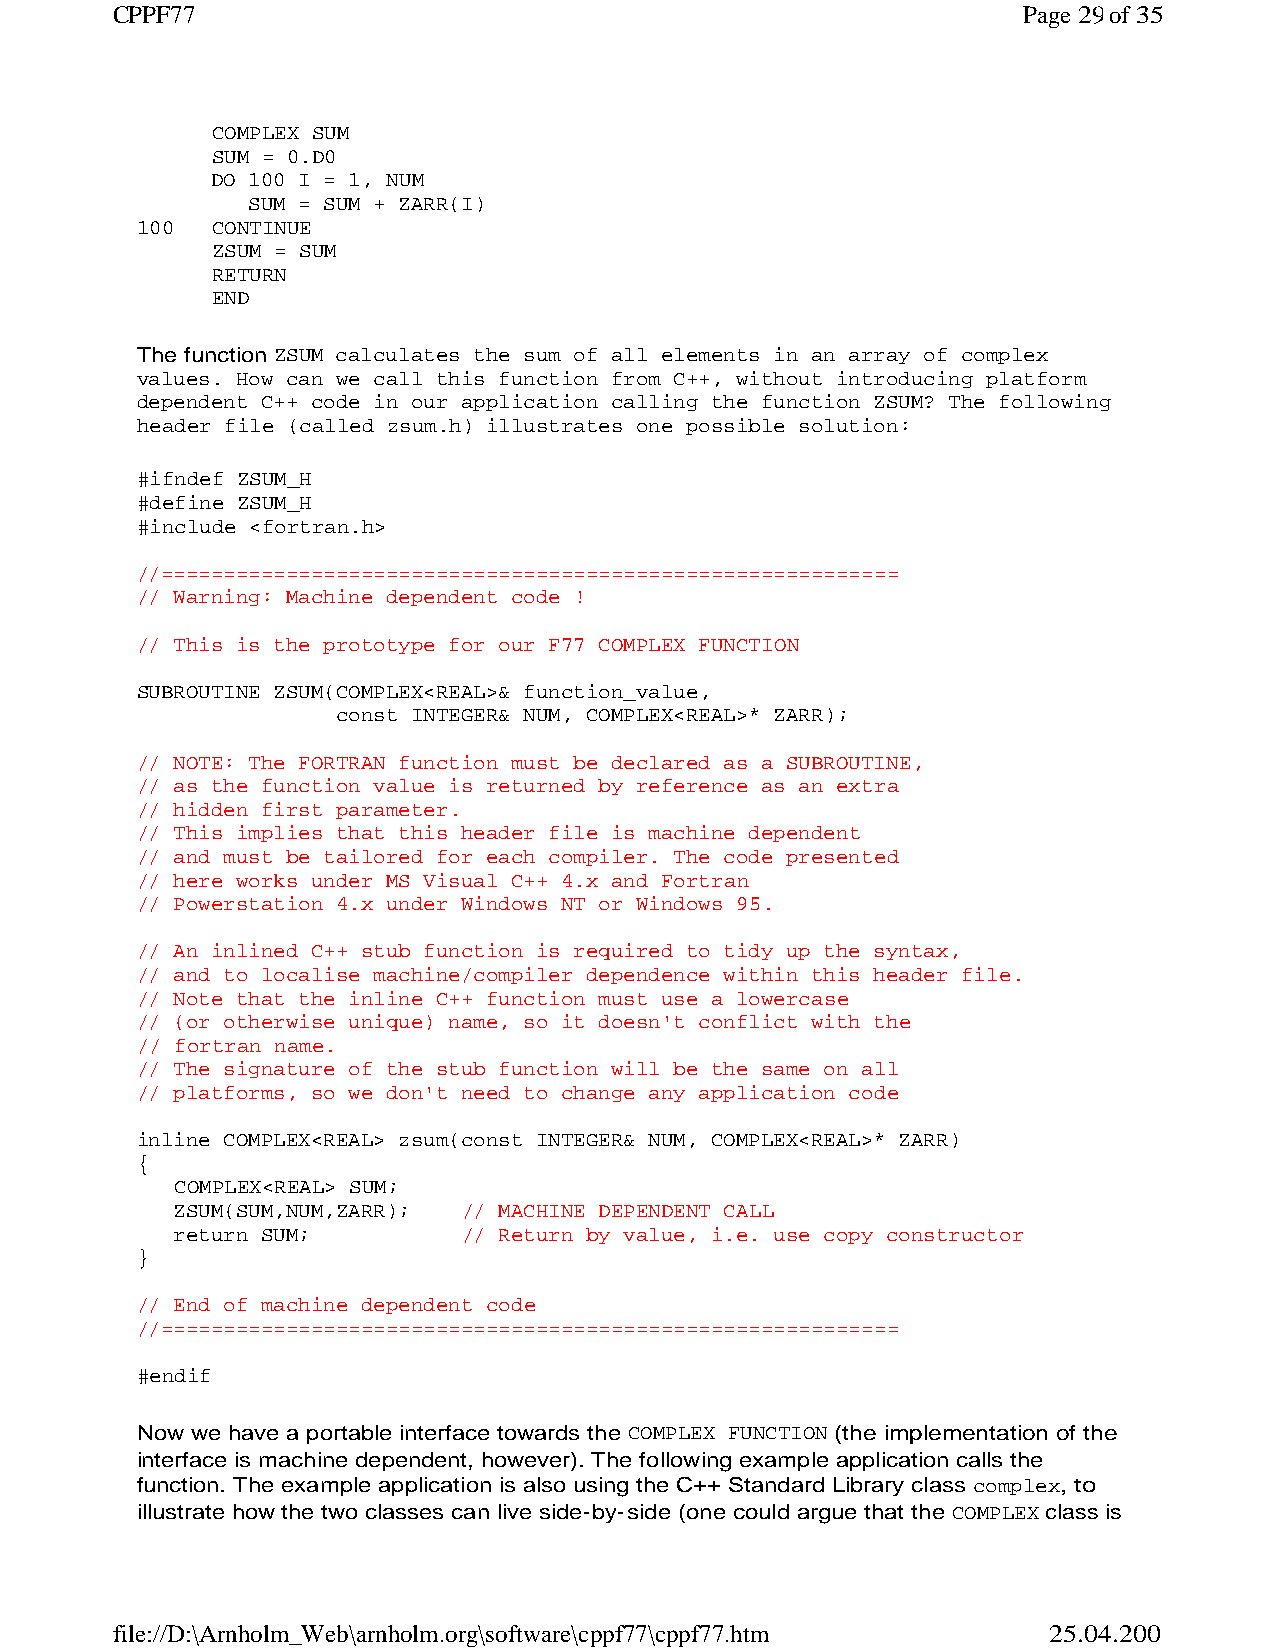
CPPF77                                                       Page 29 of 35
 COMPLEX SUM
 SUM = 0.D0
 DO 100 I = 1, NUM
 SUM = SUM + ZARR(I)
 100  CONTINUE
 ZSUM = SUM
 RETURN
 END
 The function ZSUM calculates the sum of all elements in an array of complex
 values. How can we call this function from C++, without introducing platform
 dependent C++ code in our application calling the function ZSUM? The following
 header file (called zsum.h) illustrates one possible solution:
 #ifndef ZSUM_H
 #define ZSUM_H
 #include <fortran.h>
 //===========================================================
 // Warning: Machine dependent code !
 // This is the prototype for our F77 COMPLEX FUNCTION
 SUBROUTINE ZSUM(COMPLEX<REAL>& function_value,
 const INTEGER& NUM, COMPLEX<REAL>* ZARR);
 // NOTE: The FORTRAN function must be declared as a SUBROUTINE,
 // as the function value is returned by reference as an extra
 // hidden first parameter.
 // This implies that this header file is machine dependent
 // and must be tailored for each compiler. The code presented
 // here works under MS Visual C++ 4.x and Fortran
 // Powerstation 4.x under Windows NT or Windows 95.
 // An inlined C++ stub function is required to tidy up the syntax,
 // and to localise machine/compiler dependence within this header file.
 // Note that the inline C++ function must use a lowercase
 // (or otherwise unique) name, so it doesn't conflict with the
 // fortran name.
 // The signature of the stub function will be the same on all
 // platforms, so we don't need to change any application code
 inline COMPLEX<REAL> zsum(const INTEGER& NUM, COMPLEX<REAL>* ZARR)
 {
 COMPLEX<REAL> SUM;
 ZSUM(SUM,NUM,ZARR); // MACHINE DEPENDENT CALL
 return SUM;        // Return by value, i.e. use copy constructor
 }
 // End of machine dependent code
 //===========================================================
 #endif
 Now we have a portable interface towards the COMPLEX FUNCTION (the implementation of the
 interface is machine dependent, however). The following example application calls the
 function. The example application is also using the C++ Standard Library class complex, to
 illustrate how the two classes can live side-by-side (one could argue that the COMPLEX class is
 file://D:\Arnholm_Web\arnholm.org\software\cppf77\cppf77.htm  25.04.2005